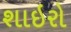
શાઇરો